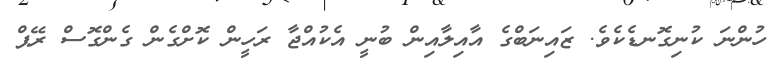
ހުންނަ ކުނިގޮނޑެކެވެ. ޒައިނަބްގެ އާއިލާއިން ބުނީ އެކުއްޖާ ރަހީން ކޮށްގެން ގެންގޮސް ރޭޕް